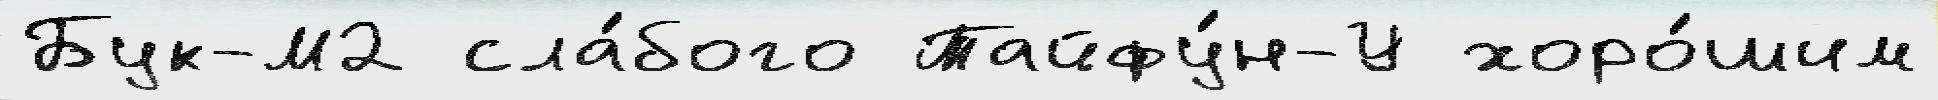
Бук-М2 сла́бого Тайфу́н-У хоро́шим